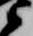
衛